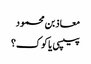
معاذ بن محمود
پیپسی یا کوک؟